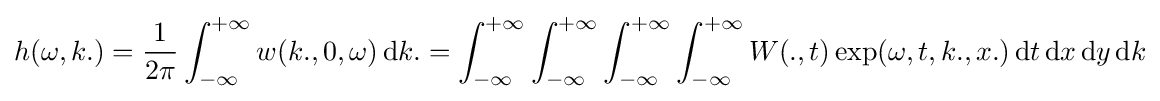
h(\omega ,k.)={1 \over 2\pi }\int _{-\infty }^{+\infty }w(k.,0,\omega )\operatorname {d} \!k.=\int _{-\infty }^{+\infty }\int _{-\infty }^{+\infty }\int _{-\infty }^{+\infty }\int _{-\infty }^{+\infty }W(.,t)\exp(\omega ,t,k.,x.)\operatorname {d} \!{t}\operatorname {d} \!{x}\operatorname {d} \!{y}\operatorname {d} \!k